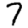
Digit: 7